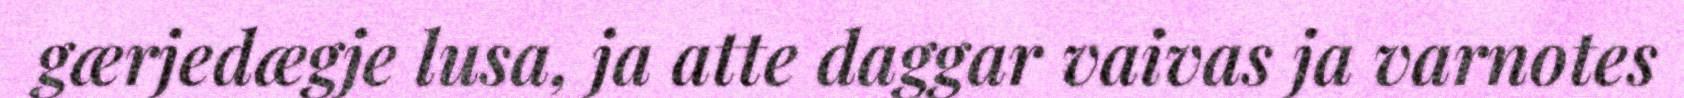
gærjedægje lusa, ja atte daggar vaivas ja varnotes